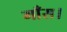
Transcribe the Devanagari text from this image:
गाँस।